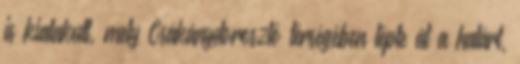
is kialakult, mely Csákánydoroszló térségében lépte át a határt,